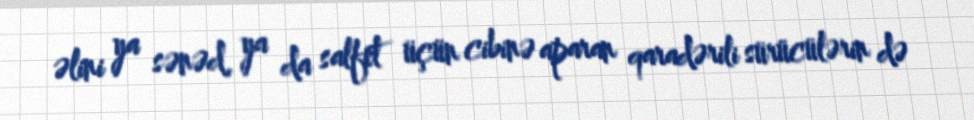
əlini ya sənəd, ya da salfet üçün cibinə aparan qaradərili sürücülərin də